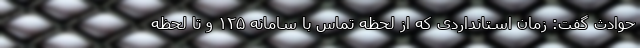
حوادث گفت: زمان استانداردی که از لحظه تماس با سامانه ١٢۵ و تا لحظه